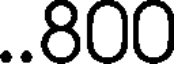
..800